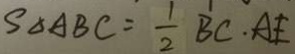
S _ { \Delta A B C } = \frac { 1 } { 2 } B C \cdot A E